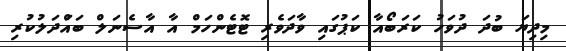
މިދިޔަ ބުދަ ދުވަހު ކަރަބޯއާ ކަޕުގައި ވާދަވެރި ޓޮޓެންހަމް އާ އާސެނަލް ބައްަދަލުކުރި